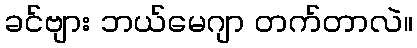
ခင်ဗျား ဘယ်မေဂျာ တက်တာလဲ။